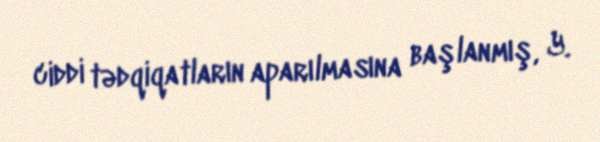
ciddi tədqiqatların aparılmasına başlanmış, Y.